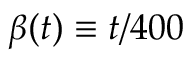
\beta ( t ) \equiv t / 4 0 0